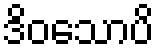
ဒိဝသောပိ